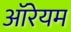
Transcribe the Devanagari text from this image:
ऑरेयम